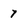
Character: 7